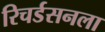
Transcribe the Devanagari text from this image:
रिचर्डसनला